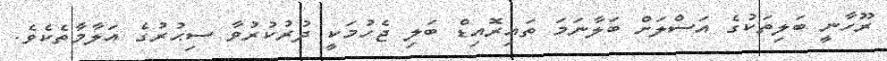
ރޫހާނީ ބަލިތަކުގެ އަސްލަށް ބަލާނަމަ ތައިރޮއިޑް ބަލި ޖެހުމަކީ ދުރުކުރުވާ ސިޙުރުގެ އަލާމާތެކެވެ.